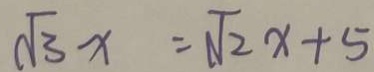
\sqrt { 3 } x = \sqrt { 2 } x + 5